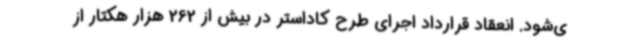
ی‌شود. انعقاد قرارداد اجرای طرح کاداستر در بیش از 262 هزار هکتار از